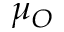
\mu _ { O }